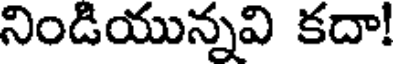
నిండియున్నవి కదా!